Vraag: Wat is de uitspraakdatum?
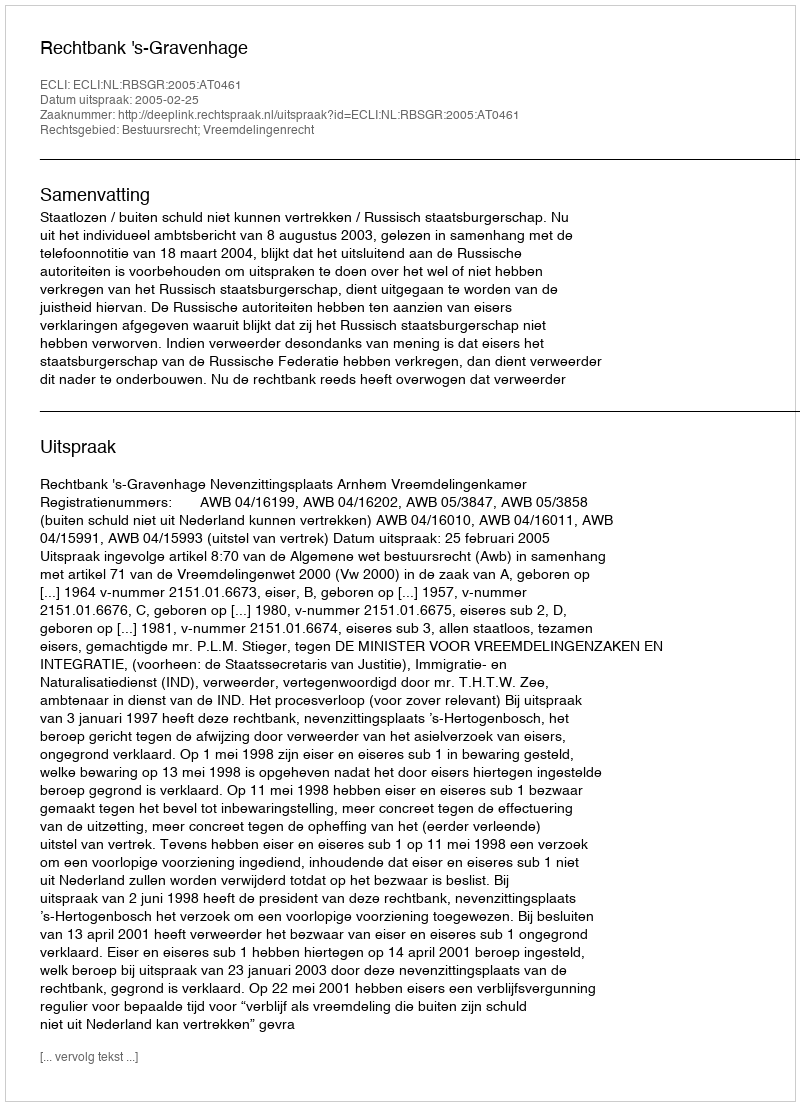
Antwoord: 2005-02-25